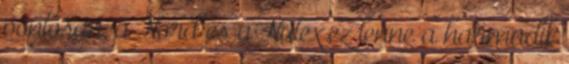
pontosan, a Nord és a Nutex.ez lenne a harmadik